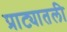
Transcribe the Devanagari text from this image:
प्राट्यातली